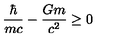
\frac { \hbar } { m c } - \frac { G m } { c ^ { 2 } } \geq 0